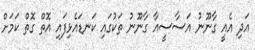
އަދި އެއީ ގާނޫނު އަސާސީއާ ގާނޫނު ތަކުގައި ކަނޑައެޅިފައި އޮތް ގޮތް ކަމަށް